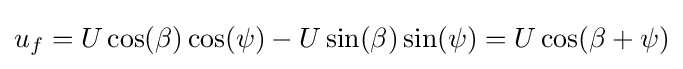
u_{f}=U\cos(\beta )\cos(\psi )-U\sin(\beta )\sin(\psi )=U\cos(\beta +\psi )